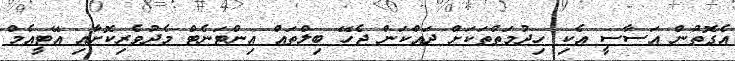
އެގޮތުން އަސާސީ އެކި ހިދުމަތްތަކަށް ދައްކަން ޖެހޭ ބިލްތައް އިންޓަނެޓް މެދުވެރިކޮށާއި އޭޓީއެމް